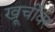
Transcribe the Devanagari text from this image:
खूर्चीवर